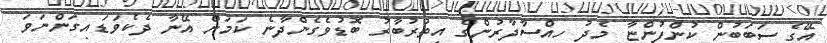
އޭގެ ސަބަބުން ކުންފުންޏާ މެދު ހިއްސާދާރުންގެ އިތުރުބާރު ބޮޑުވެގެންދާނެ ކަމަށް އޭނާ ދެކެވަޑައިގަންނަވަ